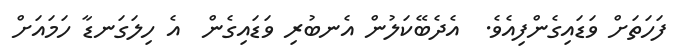
ފަހަތަށް ވަޑައިގެންފިއެވެ.  އެދެބޭކަލުން އެނބުރި ވަޑައިގެން  އެ ހިލަގަނޑާ ހަމައަށް